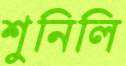
শুনিলি